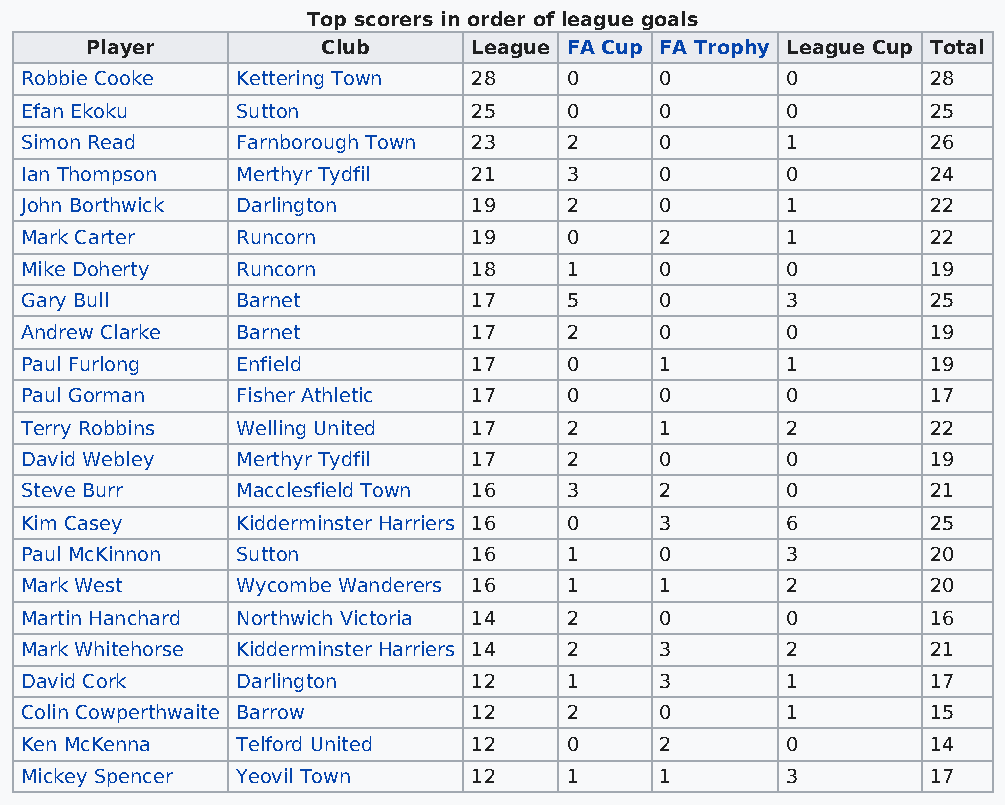
Top scorers in order of league goals
 Player         Club      League FA Cup FA Trophy League Cup Total
 Robbie Cooke   Kettering Town 28    0      0       0         28
 Efan Ekoku     Sutton         25    0      0       0         25
 Simon Read     Farnborough Town 23  2      0       1         26
 Ian Thompson   Merthyr Tydfil 21    3      0       0         24
 John Borthwick Darlington     19    2      0       1         22
 Mark Carter    Runcorn        19    0      2       1         22
 Mike Doherty   Runcorn        18    1      0       0         19
 Gary Bull      Barnet         17    5      0       3         25
 Andrew Clarke  Barnet         17    2      0       0         19
 Paul Furlong   Enfield        17    0      1       1         19
 Paul Gorman    Fisher Athletic 17   0      0       0         17
 Terry Robbins  Welling United 17    2      1       2         22
 David Webley   Merthyr Tydfil 17    2      0       0         19
 Steve Burr     Macclesfield Town 16 3      2       0         21
 Kim Casey      Kidderminster Harriers 16 0 3       6         25
 Paul McKinnon  Sutton         16    1      0       3         20
 Mark West      Wycombe Wanderers 16 1      1       2         20
 Martin Hanchard Northwich Victoria 14 2    0       0         16
 Mark Whitehorse Kidderminster Harriers 14 2 3      2         21
 David Cork     Darlington     12    1      3       1         17
 Colin Cowperthwaite Barrow    12    2      0       1         15
 Ken McKenna    Telford United 12    0      2       0         14
 Mickey Spencer Yeovil Town    12    1      1       3         17